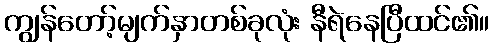
ကျွန်တော့်မျက်နှာတစ်ခုလုံး နီရဲနေပြီထင်၏။